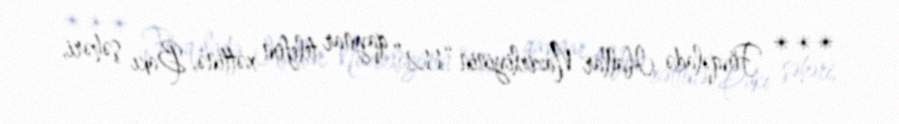
*** Fövqəladə Hallar Nazirliyinin “112” qaynar telefon xəttinə, Bakı şəhəri,